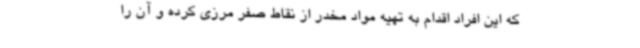
که این افراد اقدام به تهیه مواد مخدر از نقاط صفر مرزی کرده و آن را